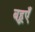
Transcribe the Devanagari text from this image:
बहूएँ